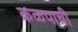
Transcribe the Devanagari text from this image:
कळपाची